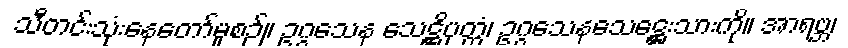
သီတင်းသုံးနေတော်မူစဉ်။ ဥဂ္ဂသေန သေဋ္ဌိပုတ္တံ၊ ဥဂ္ဂသေနသေဋ္ဌေးသားကို။ အာရဗ္ဘ၊